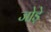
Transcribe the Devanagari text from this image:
जो़ड़े